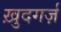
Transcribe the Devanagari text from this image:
ख़ुदगर्ज़